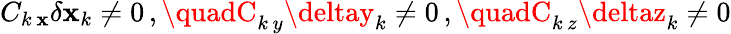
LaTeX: C_{k\, \mathbf{x}}\delta\mathbf{x}_{k}\neq0\, ,\quadC_{k\, y}\deltay_{k}\neq0\, ,\quadC_{k\, z}\deltaz_{k}\neq0